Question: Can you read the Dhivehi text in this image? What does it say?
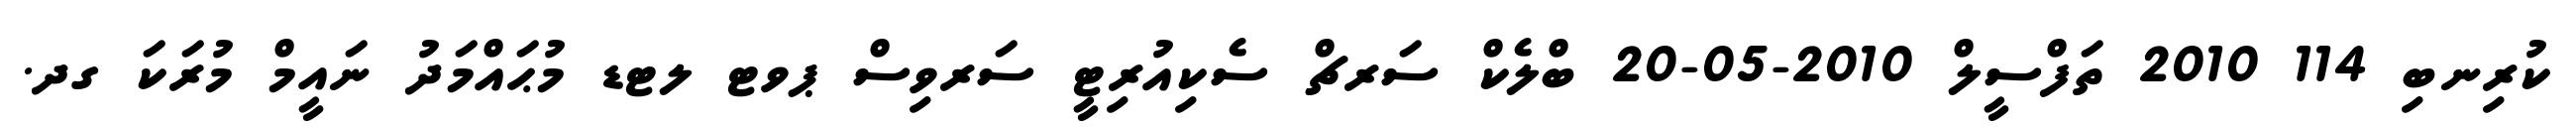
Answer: ކުރިނބި 114 2010 ތަފްސީލް 2010-05-20 ބްލެކް ސަރޗް ސެކިއުރިޓީ ސަރވިސް ޕވޓ ލޓޑ މުޙައްމަދު ނައީމް މުރަކަ ގދ.